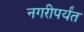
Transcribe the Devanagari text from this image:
नगरीपर्यंत